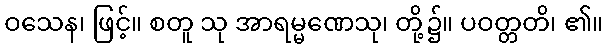
ဝသေန၊ ဖြင့်။ စတူ သု အာရမ္မဏေသု၊ တို့၌။ ပဝတ္တတိ၊ ၏။